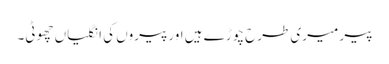
پیر میری طرح چوڑے ہیں اورپیروں کی انگلیاں چھوٹی۔